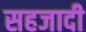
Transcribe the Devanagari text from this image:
सहजादी